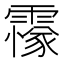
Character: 𩅫